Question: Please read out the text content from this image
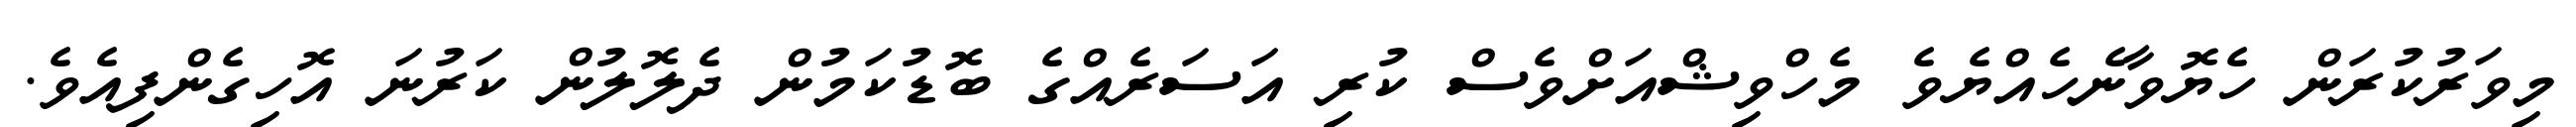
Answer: މިވަރުކުރަން ހެޔޮވާނެހެއްޔެވެ މެހްވިޝްއަށްވެސް ކުރި އަސަރެއްގެ ބޮޑުކަމުން ދެލޮލުން ކަރުނަ އޮހިގެންފިއެވެ.